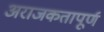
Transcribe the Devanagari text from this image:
अराजकतापूर्ण